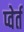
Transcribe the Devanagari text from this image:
प्वेर्त